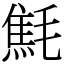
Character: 㲬